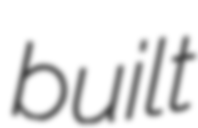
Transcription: built